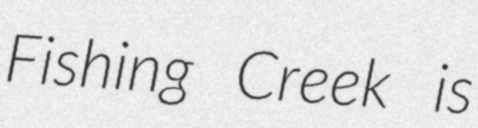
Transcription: Fishing Creek is